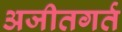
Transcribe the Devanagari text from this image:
अजीतगर्त